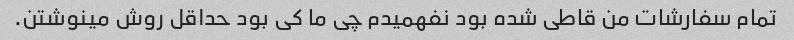
تمام سفارشات من قاطی شده بود نفهمیدم چی ما کی بود حداقل روش مینوشتن.